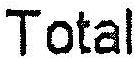
TOTAL